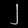
Digit: ၂